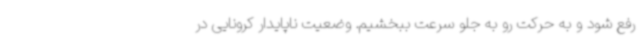
رفع شود و به حرکت رو به جلو سرعت ببخشیم. وضعیت ناپایدار کرونایی در